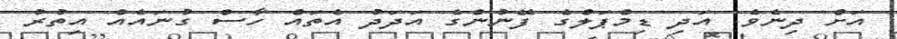
އަށް ދިނެވެ. އަދި ޑިމްޕަލްގެ ފޭނުންގެ އަދަދު އެތައް ހާސް ގުނައެއް އިތުރު